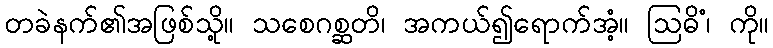
တခဲနက်၏အဖြစ်သို့။ သစေဂစ္ဆတိ၊ အကယ်၍ရောက်အံ့။ ဩဓိံ၊ ကို။